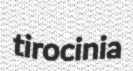
tirocinia